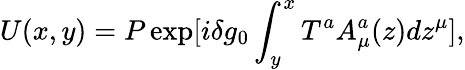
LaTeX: U(x,y)=P\exp[i\delta g_{0}\int_{y}^{x}T^{a}A_{\mu}^{a}(z)dz^{\mu}],